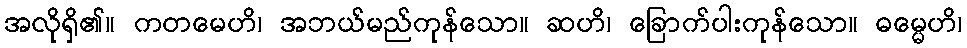
အလိုရှိ၏။ ကတမေဟိ၊ အဘယ်မည်ကုန်သော။ ဆဟိ၊ ခြောက်ပါးကုန်သော။ ဓမ္မေဟိ၊